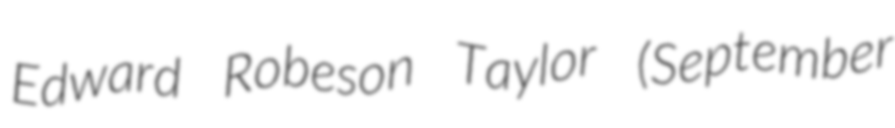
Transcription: Edward Robeson Taylor (September